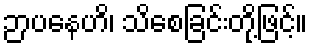
ဉာပနေဟိ၊ သိစေခြင်းတို့ဖြင့်။